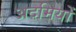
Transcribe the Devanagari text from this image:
अदमियों